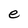
Character: e